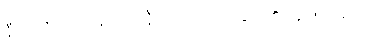
နီဝရဏပ္ပဟာနဝဂ္ဂ။ ။နီဝရဏကင်းခြင်း၏ အကျိုးများ၊